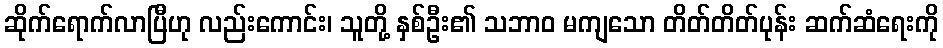
ဆိုက်ရောက်လာပြီဟု လည်းကောင်း၊ သူတို့ နှစ်ဦး၏ သဘာဝ မကျသော တိတ်တိတ်ပုန်း ဆက်ဆံရေးကို